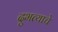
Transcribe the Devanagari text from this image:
दुभत्याचे